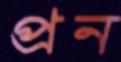
প্রন